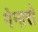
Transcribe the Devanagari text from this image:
गेनारो